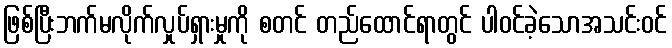
ဖြစ်ပြီးဘက်မလိုက်လှုပ်ရှားမှုကို စတင် တည်ထောင်ရာတွင် ပါဝင်ခဲ့သောအသင်းဝင်